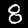
Digit: 8